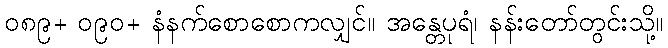
၀၈၉+ ၀၉၀+ နံနက်စောစောကလျှင်။ အန္တေပုရံ၊ နန်းတော်တွင်းသို့။